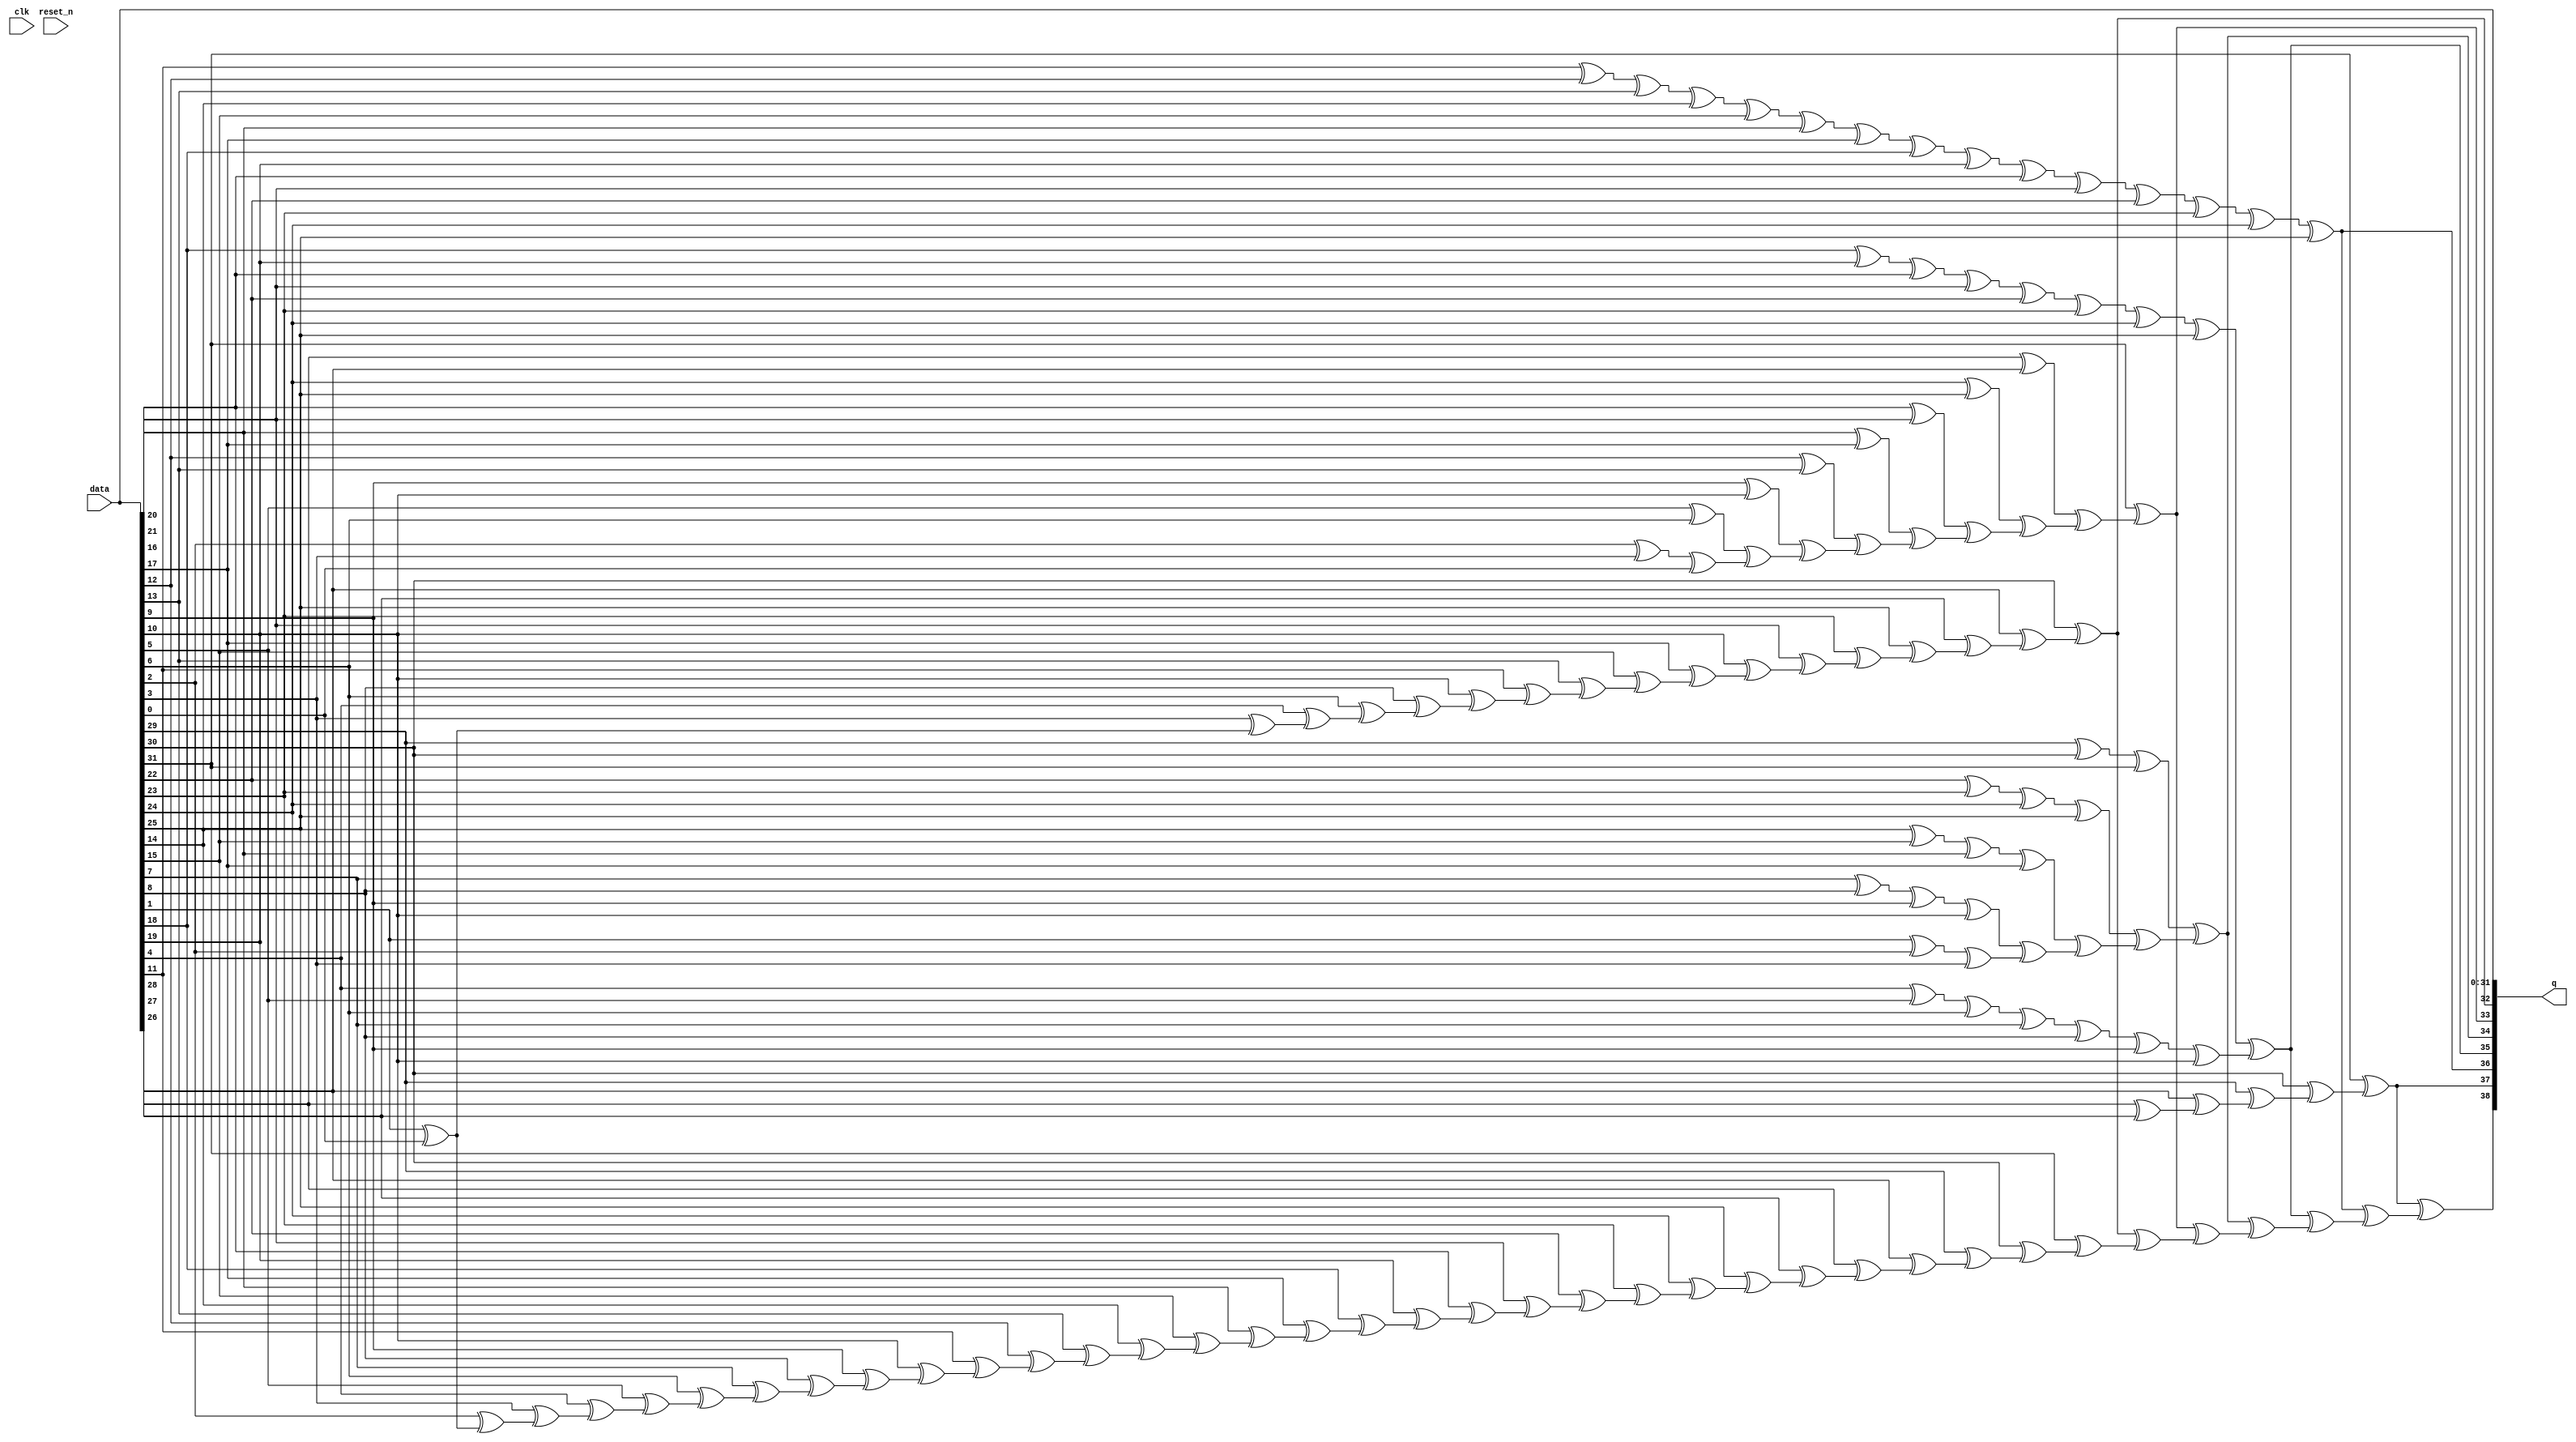
// megafunction wizard: %ALTECC%
// GENERATION: STANDARD
// VERSION: WM1.0
// MODULE: altecc_encoder 

// ============================================================
// Megafunction Name(s):
// 			altecc_encoder
//
// Simulation Library Files(s):
// 			
// ============================================================
// ************************************************************
// THIS IS A WIZARD-GENERATED FILE. DO NOT EDIT THIS FILE!
//
// 10.0 Internal Build 257 07/26/2010 SP 1 PN Full Version
// ************************************************************


//Copyright (C) 1991-2010 Altera Corporation
//Your use of Altera Corporation's design tools, logic functions 
//and other software and tools, and its AMPP partner logic 
//functions, and any output files from any of the foregoing 
//(including device programming or simulation files), and any 
//associated documentation or information are expressly subject 
//to the terms and conditions of the Altera Program License 
//Subscription Agreement, Altera MegaCore Function License 
//Agreement, or other applicable license agreement, including, 
//without limitation, that your use is for the sole purpose of 
//programming logic devices manufactured by Altera and sold by 
//Altera or its authorized distributors.  Please refer to the 
//applicable agreement for further details.


//altecc_encoder device_family="Stratix III" lpm_pipeline=0 width_codeword=39 width_dataword=32 data q
//VERSION_BEGIN 10.0SP1 cbx_altecc_encoder 2010:07:26:21:21:15:PN cbx_mgl 2010:07:26:21:25:47:PN  VERSION_END
// synthesis VERILOG_INPUT_VERSION VERILOG_2001
// altera message_off 10463


//synthesis_resources = 
//synopsys translate_off
`timescale 1 ps / 1 ps
//synopsys translate_on
module  alt_mem_ddrx_ecc_encoder_32_altecc_encoder #
    ( parameter
        CFG_ECC_ENC_REG = 0
    )
	( 
        clk,
        reset_n,
	    data,
	    q
    ) /* synthesis synthesis_clearbox=1 */;
    input           clk;
    input           reset_n;
	input   [31:0]  data;
	output   [38:0]  q;

	wire  [31:0]  data_wire;
	wire  [17:0]  parity_01_wire;
	wire  [9:0]  parity_02_wire;
	wire  [4:0]  parity_03_wire;
	wire  [1:0]  parity_04_wire;
	wire  [0:0]  parity_05_wire;
	wire  [5:0]  parity_06_wire;
    wire  [37:0]  parity_final;
	wire  [37:0]  parity_final_wire;
    reg   [37:0]  parity_final_reg;
	wire  [37:0]  q_wire;
    reg   [37:0]  q_reg;

	assign
		data_wire = data,
		parity_01_wire = {
                            (data_wire[30] ^ parity_01_wire[16]),
                            (data_wire[28] ^ parity_01_wire[15]),
                            (data_wire[26] ^ parity_01_wire[14]),
                            (data_wire[25] ^ parity_01_wire[13]),
                            (data_wire[23] ^ parity_01_wire[12]),
                            (data_wire[21] ^ parity_01_wire[11]),
                            (data_wire[19] ^ parity_01_wire[10]),
                            (data_wire[17] ^ parity_01_wire[9]),
                            (data_wire[15] ^ parity_01_wire[8]),
                            (data_wire[13] ^ parity_01_wire[7]),
                            (data_wire[11] ^ parity_01_wire[6]),
                            (data_wire[10] ^ parity_01_wire[5]),
                            (data_wire[8] ^ parity_01_wire[4]),
                            (data_wire[6] ^ parity_01_wire[3]),
                            (data_wire[4] ^ parity_01_wire[2]),
                            (data_wire[3] ^ parity_01_wire[1]),
                            (data_wire[1] ^ parity_01_wire[0]),
                            data_wire[0]
                         },
		parity_02_wire = {
                            (data_wire[31] ^ parity_02_wire[8]),
                            ((data_wire[27] ^ data_wire[28]) ^ parity_02_wire[7]),
                            ((data_wire[24] ^ data_wire[25]) ^ parity_02_wire[6]),
                            ((data_wire[20] ^ data_wire[21]) ^ parity_02_wire[5]),
                            ((data_wire[16] ^ data_wire[17]) ^ parity_02_wire[4]),
                            ((data_wire[12] ^ data_wire[13]) ^ parity_02_wire[3]),
                            ((data_wire[9] ^ data_wire[10]) ^ parity_02_wire[2]),
                            ((data_wire[5] ^ data_wire[6]) ^ parity_02_wire[1]),
                            ((data_wire[2] ^ data_wire[3]) ^ parity_02_wire[0]),
                            data_wire[0]
                         },
		parity_03_wire = {
                            (((data_wire[29] ^ data_wire[30]) ^ data_wire[31]) ^ parity_03_wire[3]),
                            ((((data_wire[22] ^ data_wire[23]) ^ data_wire[24]) ^ data_wire[25]) ^ parity_03_wire[2]),
                            ((((data_wire[14] ^ data_wire[15]) ^ data_wire[16]) ^ data_wire[17]) ^ parity_03_wire[1]),
                            ((((data_wire[7] ^ data_wire[8]) ^ data_wire[9]) ^ data_wire[10]) ^ parity_03_wire[0]),
                            ((data_wire[1] ^ data_wire[2]) ^ data_wire[3])
                         },
		parity_04_wire = {
                            ((((((((data_wire[18] ^ data_wire[19]) ^ data_wire[20]) ^ data_wire[21]) ^ data_wire[22]) ^ data_wire[23]) ^ data_wire[24]) ^ data_wire[25]) ^ parity_04_wire[0]),
                            ((((((data_wire[4] ^ data_wire[5]) ^ data_wire[6]) ^ data_wire[7]) ^ data_wire[8]) ^ data_wire[9]) ^ data_wire[10])
                         },
		parity_05_wire = {
                            ((((((((((((((data_wire[11] ^ data_wire[12]) ^ data_wire[13]) ^ data_wire[14]) ^ data_wire[15]) ^ data_wire[16]) ^ data_wire[17]) ^ data_wire[18]) ^ data_wire[19]) ^ data_wire[20]) ^ data_wire[21]) ^ data_wire[22]) ^ data_wire[23]) ^ data_wire[24]) ^ data_wire[25])
                         },
		parity_06_wire = {
                            (data_wire[31] ^ parity_06_wire[4]),
                            (data_wire[30] ^ parity_06_wire[3]),
                            (data_wire[29] ^ parity_06_wire[2]),
                            (data_wire[28] ^ parity_06_wire[1]),
                            (data_wire[27] ^ parity_06_wire[0]),
                            data_wire[26]
                         },
		parity_final_wire = {
                                (q_wire[37] ^ parity_final_wire[36]),
                                (q_wire[36] ^ parity_final_wire[35]),
                                (q_wire[35] ^ parity_final_wire[34]),
                                (q_wire[34] ^ parity_final_wire[33]),
                                (q_wire[33] ^ parity_final_wire[32]),
                                (q_wire[32] ^ parity_final_wire[31]),
                                (q_wire[31] ^ parity_final_wire[30]),
                                (q_wire[30] ^ parity_final_wire[29]),
                                (q_wire[29] ^ parity_final_wire[28]),
                                (q_wire[28] ^ parity_final_wire[27]),
                                (q_wire[27] ^ parity_final_wire[26]),
                                (q_wire[26] ^ parity_final_wire[25]),
                                (q_wire[25] ^ parity_final_wire[24]),
                                (q_wire[24] ^ parity_final_wire[23]),
                                (q_wire[23] ^ parity_final_wire[22]),
                                (q_wire[22] ^ parity_final_wire[21]),
                                (q_wire[21] ^ parity_final_wire[20]),
                                (q_wire[20] ^ parity_final_wire[19]),
                                (q_wire[19] ^ parity_final_wire[18]),
                                (q_wire[18] ^ parity_final_wire[17]),
                                (q_wire[17] ^ parity_final_wire[16]),
                                (q_wire[16] ^ parity_final_wire[15]),
                                (q_wire[15] ^ parity_final_wire[14]),
                                (q_wire[14] ^ parity_final_wire[13]),
                                (q_wire[13] ^ parity_final_wire[12]),
                                (q_wire[12] ^ parity_final_wire[11]),
                                (q_wire[11] ^ parity_final_wire[10]),
                                (q_wire[10] ^ parity_final_wire[9]),
                                (q_wire[9] ^ parity_final_wire[8]),
                                (q_wire[8] ^ parity_final_wire[7]),
                                (q_wire[7] ^ parity_final_wire[6]),
                                (q_wire[6] ^ parity_final_wire[5]),
                                (q_wire[5] ^ parity_final_wire[4]),
                                (q_wire[4] ^ parity_final_wire[3]),
                                (q_wire[3] ^ parity_final_wire[2]),
                                (q_wire[2] ^ parity_final_wire[1]),
                                (q_wire[1] ^ parity_final_wire[0]),
                                 q_wire[0]
                            },
        parity_final = {
                            (q_reg[37] ^ parity_final[36]),
                            (q_reg[36] ^ parity_final[35]),
                            (q_reg[35] ^ parity_final[34]),
                            (q_reg[34] ^ parity_final[33]),
                            (q_reg[33] ^ parity_final[32]),
                            (q_reg[32] ^ parity_final[31]),
                            parity_final_reg[31 : 0]
                       },
        q = {parity_final[37], q_reg},
		q_wire = {parity_06_wire[5], parity_05_wire[0], parity_04_wire[1], parity_03_wire[4], parity_02_wire[9], parity_01_wire[17], data_wire};
        
        generate
            if (CFG_ECC_ENC_REG)
            begin
                always @ (posedge clk or negedge reset_n)
                begin
                    if (!reset_n)
                    begin
                        q_reg            <= 0;
                        parity_final_reg <= 0;
                    end
                    else
                    begin
                        q_reg            <= q_wire;
                        parity_final_reg <= parity_final_wire;
                    end
                end
            end
            else
            begin
                always @ (*)
                begin
                    q_reg            = q_wire;
                    parity_final_reg = parity_final_wire;
                end
            end
        endgenerate
        
endmodule //alt_mem_ddrx_ecc_encoder_32_altecc_encoder
//VALID FILE


// synopsys translate_off
`timescale 1 ps / 1 ps
// synopsys translate_on
module alt_mem_ddrx_ecc_encoder_32 #
    ( parameter
        CFG_ECC_ENC_REG = 0
    )
    (
        clk,
        reset_n,
	    data,
	    q
    )/* synthesis synthesis_clearbox = 1 */;

    input           clk;
    input           reset_n;
	input	[31:0]  data;
	output	[38:0]  q;

	wire [38:0] sub_wire0;
	wire [38:0] q = sub_wire0[38:0];

	alt_mem_ddrx_ecc_encoder_32_altecc_encoder #
        (
            .CFG_ECC_ENC_REG (CFG_ECC_ENC_REG)
        )
    alt_mem_ddrx_ecc_encoder_32_altecc_encoder_component
        (
            .clk (clk),
            .reset_n (reset_n),
		    .data (data),
		    .q (sub_wire0)
        );

endmodule

// ============================================================
// CNX file retrieval info
// ============================================================
// Retrieval info: PRIVATE: INTENDED_DEVICE_FAMILY STRING "Stratix III"
// Retrieval info: PRIVATE: SYNTH_WRAPPER_GEN_POSTFIX STRING "1"
// Retrieval info: LIBRARY: altera_mf altera_mf.altera_mf_components.all
// Retrieval info: CONSTANT: INTENDED_DEVICE_FAMILY STRING "Stratix III"
// Retrieval info: CONSTANT: lpm_pipeline NUMERIC "0"
// Retrieval info: CONSTANT: width_codeword NUMERIC "39"
// Retrieval info: CONSTANT: width_dataword NUMERIC "32"
// Retrieval info: USED_PORT: data 0 0 32 0 INPUT NODEFVAL "data[31..0]"
// Retrieval info: USED_PORT: q 0 0 39 0 OUTPUT NODEFVAL "q[38..0]"
// Retrieval info: CONNECT: @data 0 0 32 0 data 0 0 32 0
// Retrieval info: CONNECT: q 0 0 39 0 @q 0 0 39 0
// Retrieval info: GEN_FILE: TYPE_NORMAL alt_mem_ddrx_ecc_encoder.v FALSE
// Retrieval info: GEN_FILE: TYPE_NORMAL alt_mem_ddrx_ecc_encoder.inc FALSE
// Retrieval info: GEN_FILE: TYPE_NORMAL alt_mem_ddrx_ecc_encoder.cmp FALSE
// Retrieval info: GEN_FILE: TYPE_NORMAL alt_mem_ddrx_ecc_encoder.bsf FALSE
// Retrieval info: GEN_FILE: TYPE_NORMAL alt_mem_ddrx_ecc_encoder_inst.v FALSE
// Retrieval info: GEN_FILE: TYPE_NORMAL alt_mem_ddrx_ecc_encoder_bb.v FALSE
// Retrieval info: GEN_FILE: TYPE_NORMAL alt_mem_ddrx_ecc_encoder_32.v TRUE
// Retrieval info: GEN_FILE: TYPE_NORMAL alt_mem_ddrx_ecc_encoder_32.inc FALSE
// Retrieval info: GEN_FILE: TYPE_NORMAL alt_mem_ddrx_ecc_encoder_32.cmp FALSE
// Retrieval info: GEN_FILE: TYPE_NORMAL alt_mem_ddrx_ecc_encoder_32.bsf FALSE
// Retrieval info: GEN_FILE: TYPE_NORMAL alt_mem_ddrx_ecc_encoder_32_inst.v FALSE
// Retrieval info: GEN_FILE: TYPE_NORMAL alt_mem_ddrx_ecc_encoder_32_bb.v FALSE
// Retrieval info: GEN_FILE: TYPE_NORMAL alt_mem_ddrx_ecc_encoder_32_syn.v TRUE